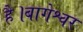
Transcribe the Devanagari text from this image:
है।बागेश्वर